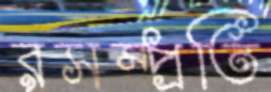
রসম্প্রতি